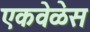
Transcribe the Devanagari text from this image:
एकवेळेस